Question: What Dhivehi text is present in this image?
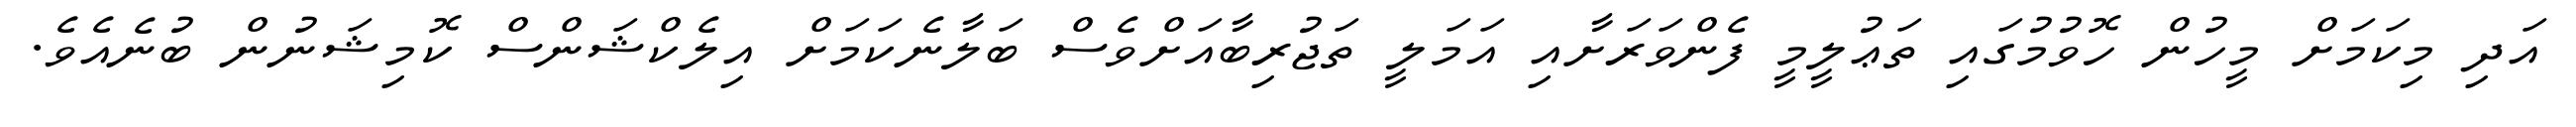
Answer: އަދި މިކަމަށް މީހުން ހޮވުމުގައި ތަޢުލީމީ ފެންވަރަށާއި އަމަލީ ތަޖުރިބާއަށްވެސް ބަލާނެކަމަށް އިލެކްޝަންސް ކޮމިޝަނުން ބުނެއެވެ.